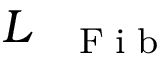
L _ { \mathrm { ~ \tiny ~ \textnormal ~ { ~ F ~ i ~ b ~ } ~ } }